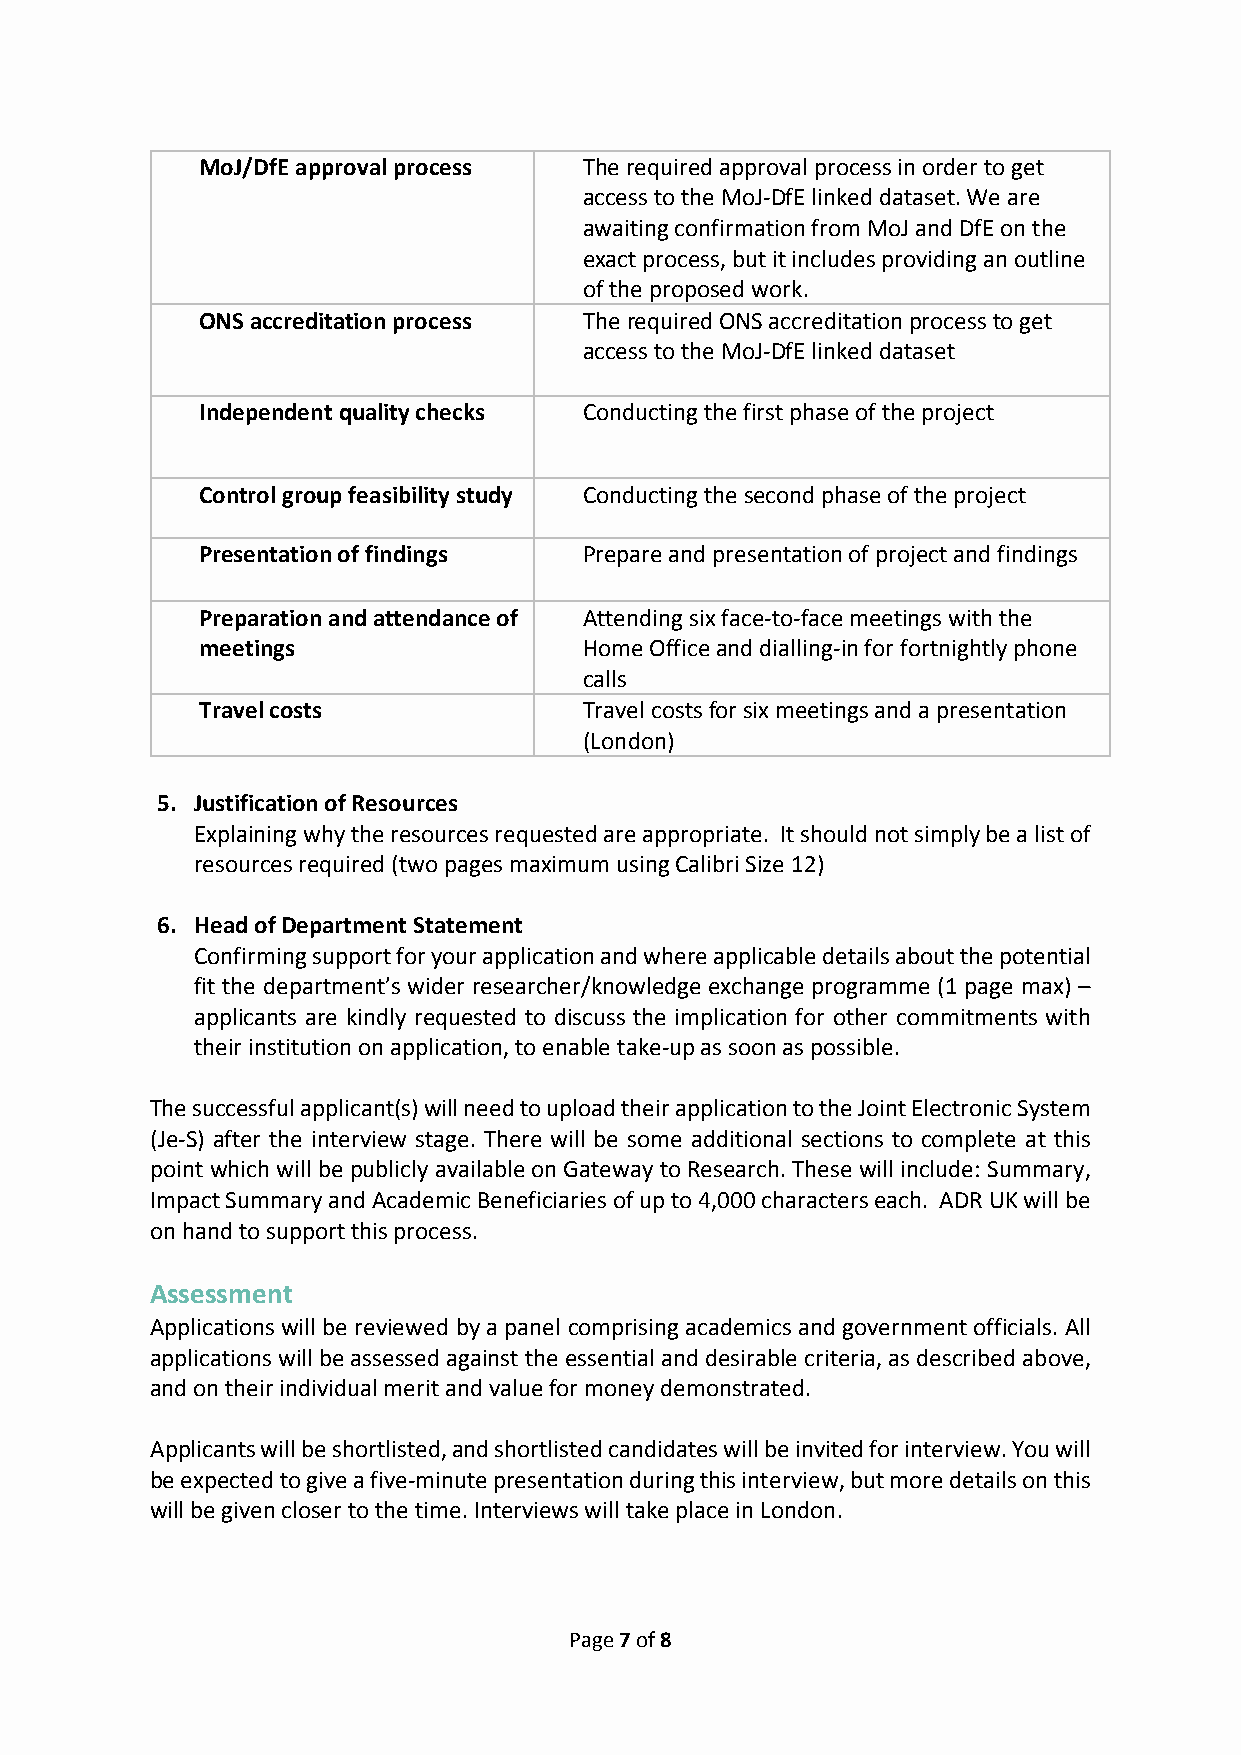
MoJ/DfE approval process  The required approval process in order to get
 access to the MoJ-DfE linked dataset. We are
 awaiting confirmation from MoJ and DfE on the
 exact process, but it includes providing an outline
 of the proposed work.
 ONS accreditation process The required ONS accreditation process to get
 access to the MoJ-DfE linked dataset
 Independent quality checks Conducting the first phase of the project
 Control group feasibility study Conducting the second phase of the project
 Presentation of findings  Prepare and presentation of project and findings
 Preparation and attendance of Attending six face-to-face meetings with the
 meetings                  Home Office and dialling-in for fortnightly phone
 calls
 Travel costs              Travel costs for six meetings and a presentation
 (London)
 5. Justification of Resources
 Explaining why the resources requested are appropriate. It should not simply be a list of
 resources required (two pages maximum using Calibri Size 12)
 6. Head of Department Statement
 Confirming support for your application and where applicable details about the potential
 fit the department’s wider researcher/knowledge exchange programme (1 page max) –
 applicants are kindly requested to discuss the implication for other commitments with
 their institution on application, to enable take-up as soon as possible.
 The successful applicant(s) will need to upload their application to the Joint Electronic System
 (Je-S) after the interview stage. There will be some additional sections to complete at this
 point which will be publicly available on Gateway to Research. These will include: Summary,
 Impact Summary and Academic Beneficiaries of up to 4,000 characters each. ADR UK will be
 on hand to support this process.
 Assessment
 Applications will be reviewed by a panel comprising academics and government officials. All
 applications will be assessed against the essential and desirable criteria, as described above,
 and on their individual merit and value for money demonstrated.
 Applicants will be shortlisted, and shortlisted candidates will be invited for interview. You will
 be expected to give a five-minute presentation during this interview, but more details on this
 will be given closer to the time. Interviews will take place in London.
 Page 7 of 8